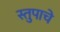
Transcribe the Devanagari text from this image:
स्तुपाचे